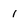
Character: 1